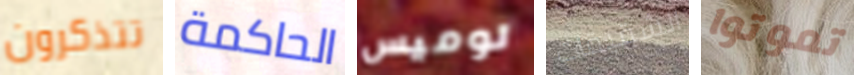
تتذكرون الحاكمة لوميس الشقيقات تموتوا